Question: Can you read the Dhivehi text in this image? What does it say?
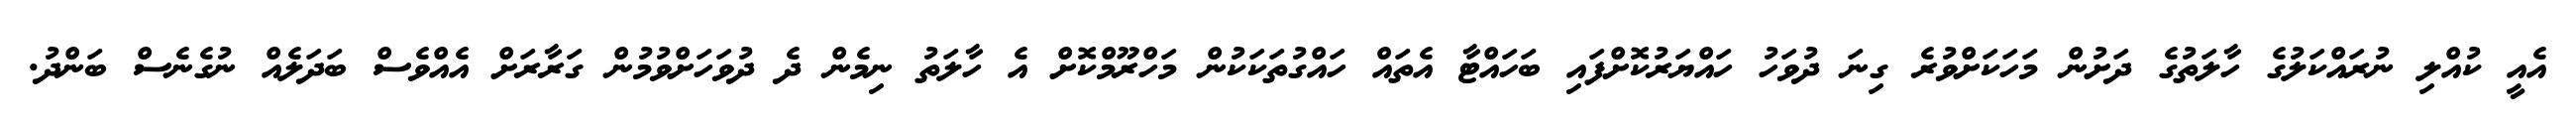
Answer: އެއީ ކުއްލި ނުރައްކަލުގެ ހާލަތުގެ ދަށުން މަހަކަށްވުރެ ގިނަ ދުވަހު ހައްޔަރުކޮށްފައި ބަހައްޓާ އެތައް ހައްގުތަކަކުން މަހްރޫމްކޮށް އެ ހާލަތު ނިމެން ދެ ދުވަހަށްވުމުން ގަރާރަށް އެއްވެސް ބަދަލެއް ނުގެނެސް ބަންދު.